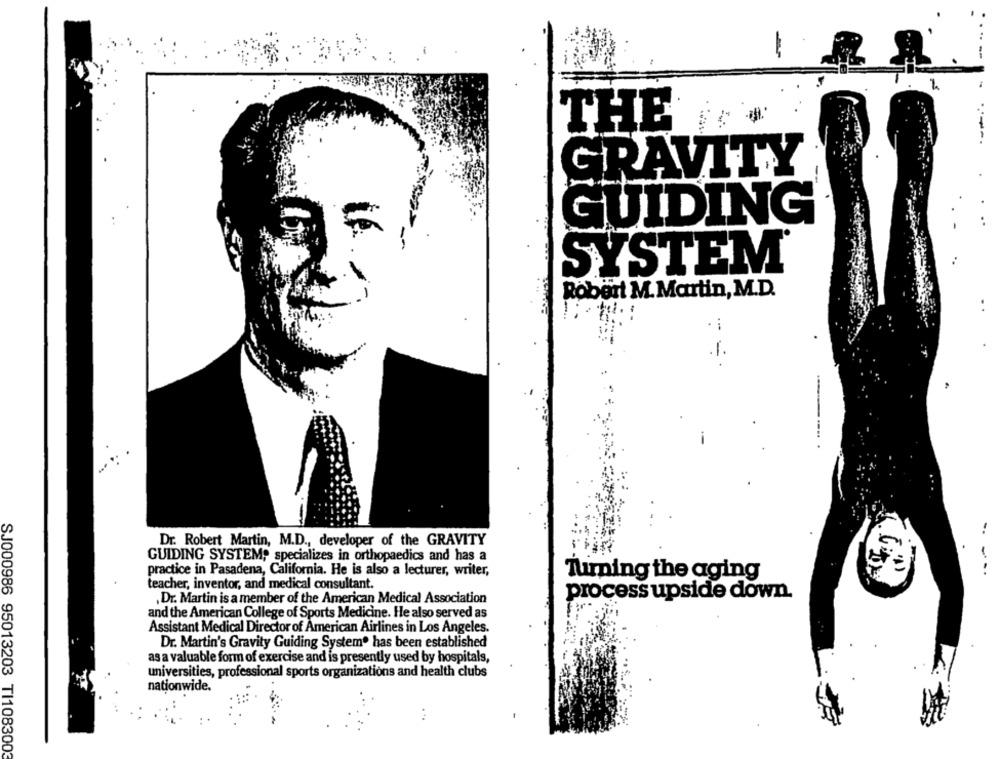
--
THE
GRAVITY
GUIDING
SYSTEM®
Robert M. Martin, M.D.
.1.
..
Dr. Robert Martin, M.D ., developer of the GRAVITY
-
GUIDING SYSTEM, specializes in orthopaedics and has a
practice in Pasadena, California. He is also a lecturer, writer,
Turning the aging
..
teacher, inventor, and medical consultant.
,Dr. Martin is a member of the American Medical Association
process upside down.
and the American College of Sports Medicine. He also served as
Assistant Medical Director of American Airlines in Los Angeles.
Dr. Martin's Gravity Guiding System® has been established
as a valuable form of exercise and is presently used by hospitals,
universities, professional sports organizations and health clubs
nationwide.
. ..
SJ000986 95013203 TI1083003